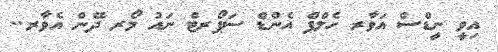
އިވީ ނީޑްސް އަވާރ ހެލްޕް އެންޑް ސަޕޯރޓް ނައު މޯރ ދޭން އެވާރ..